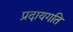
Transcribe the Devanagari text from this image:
प्रदायगति